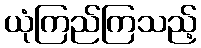
ယုံကြည်ကြသည့်